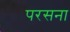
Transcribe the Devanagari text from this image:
परसना